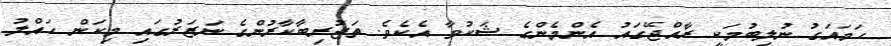
ހަމައަގު ނުލިބުމަކީ ރާއްޖޭގައު އެންމެންގެ ޝަކުވާ އެކެވެ. ތަޖުރިބާކާރުންގެ ނަޒަރުގައި މިކަން ހައްލު